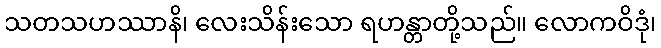
သတသဟဿာနိ၊ လေးသိန်းသော ရဟန္တာတို့သည်။ လောကဝိဒုံ၊